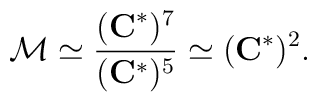
{\cal M} \simeq \frac {({\bf C}^*)^7}{({\bf C}^*)^5} \simeq {({\bf C}^*)^2}.